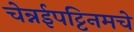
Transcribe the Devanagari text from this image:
चेन्नईपट्टिनमचे